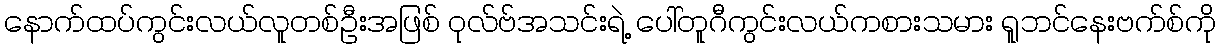
နောက်ထပ်ကွင်းလယ်လူတစ်ဦးအဖြစ် ဝုလ်ဗ်အသင်းရဲ့ ပေါ်တူဂီကွင်းလယ်ကစားသမား ရူဘင်နေးဗက်စ်ကို